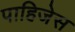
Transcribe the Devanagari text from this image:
पाहिजेस